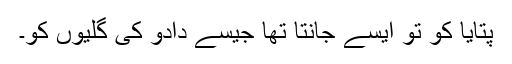
پتایا کو تو ایسے جانتا تھا جیسے دادو کی گلیوں کو۔